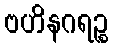
ဗဟိနဂရဉ္စ